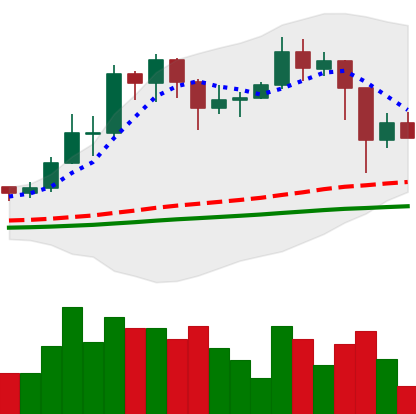
Ticker: TRX-USD
Chart end date: 2021-02-25
Forward return: 3.637%
Label: up_3_5